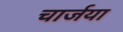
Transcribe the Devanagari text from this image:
चार्जया